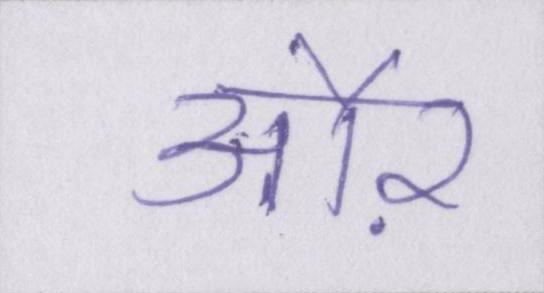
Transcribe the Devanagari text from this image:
औऱ